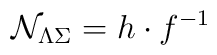
{\cal N}_{\Lambda\Sigma}=h \cdot f^{-1}